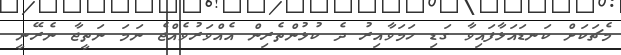
މެޗަކަށް ކަނޑައަޅާފައިވާ ގަޑި ހަމަވާއިރު ދެ ކުޅުންތެރިން އެއްވަރުވެއްޖެ ނަމަ ނަތީޖާ ނެރޭނީ